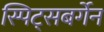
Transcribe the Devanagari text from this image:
स्पिट्सबर्गेन